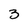
Character: 3